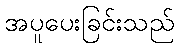
အပူပေးခြင်းသည်